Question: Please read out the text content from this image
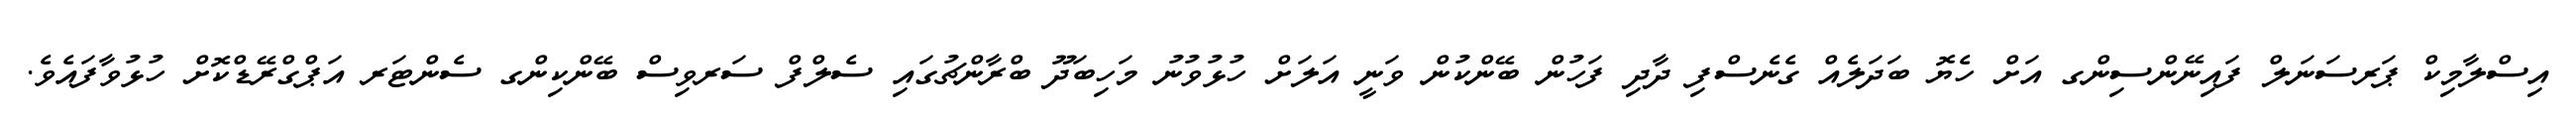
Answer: އިސްލާމިކް ޕަރސަނަލް ފައިނޭންސިންގ އަށް ހެޔޮ ބަދަލެއް ގެނެސްފި ދާދި ފަހުން ބޭންކުން ވަނީ އަލަށް ހުޅުވުނު މަހިބަދޫ ބްރާންޗުގައި ސެލްފް ސަރވިސް ބޭންކިންގ ސެންޓަރ އަޕްގްރޭޑްކޮށް ހުޅުވާފައެވެ.